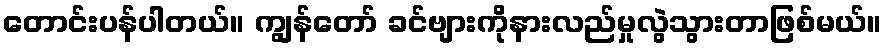
တောင်းပန်ပါတယ်။ ကျွန်တော် ခင်ဗျားကိုနားလည်မှုလွဲသွားတာဖြစ်မယ်။